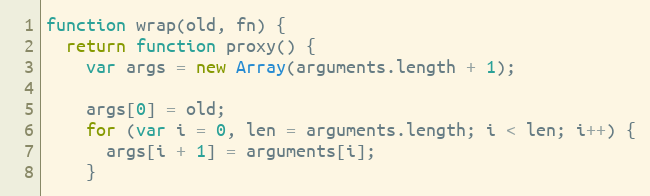
Language: JavaScript
function wrap(old, fn) {
  return function proxy() {
    var args = new Array(arguments.length + 1);

    args[0] = old;
    for (var i = 0, len = arguments.length; i < len; i++) {
      args[i + 1] = arguments[i];
    }